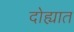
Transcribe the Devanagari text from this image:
दोह्यात